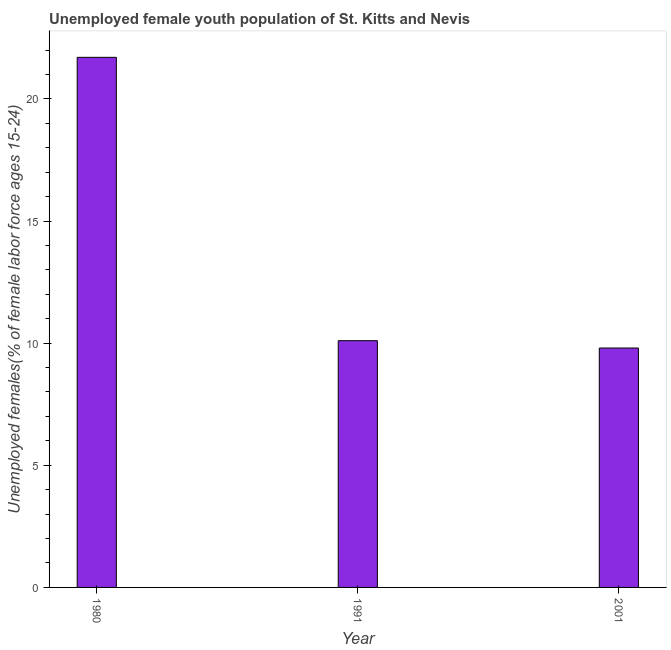
| Year | Unemployment youth female |
 | --- | --- |
 | 1980 | 21.7 |
 | 1991 | 10.1 |
 | 2001 | 9.8 |